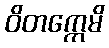
ဝိတက္ကေမိ